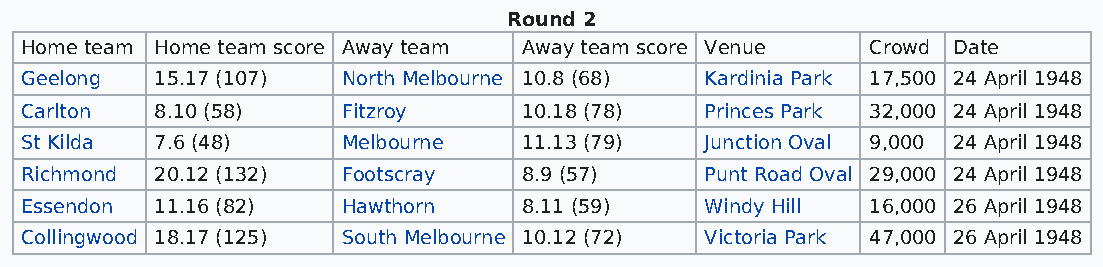
Round 2
 Home team Home team score Away team Away team score Venue Crowd Date
 Geelong  15.17 (107)  North Melbourne 10.8 (68) Kardinia Park 17,500 24 April 1948
 Carlton  8.10 (58)    Fitzroy     10.18 (78)  Princes Park 32,000 24 April 1948
 St Kilda 7.6 (48)     Melbourne   11.13 (79)  Junction Oval 9,000 24 April 1948
 Richmond 20.12 (132)  Footscray   8.9 (57)    Punt Road Oval 29,000 24 April 1948
 Essendon 11.16 (82)   Hawthorn    8.11 (59)   Windy Hill 16,000 26 April 1948
 Collingwood 18.17 (125) South Melbourne 10.12 (72) Victoria Park 47,000 26 April 1948